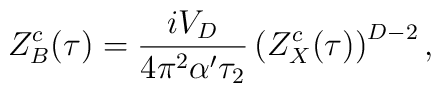
Z^c_B(\tau) = {{i V_D} \over {4\pi^2 \alpha' \tau_2}} \left( Z^c_X(\tau) \right)^{D-2},